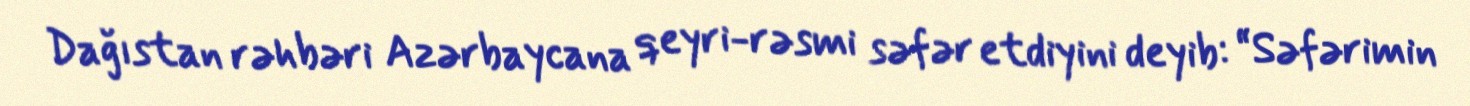
Dağıstan rəhbəri Azərbaycana qeyri-rəsmi səfər etdiyini deyib: “Səfərimin